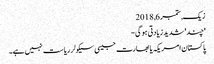
زیک, ‏ستمبر 6, 2018
'چند' شدید زیادتی ہو گی-
پاکستان امریکہ یا بھارت جیسی سیکولر ریاست نہیں ہے۔